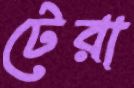
টেরা